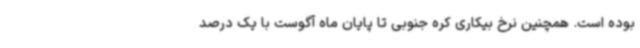
بوده است. همچنین نرخ بیکاری کره جنوبی تا پایان ماه آگوست با یک درصد